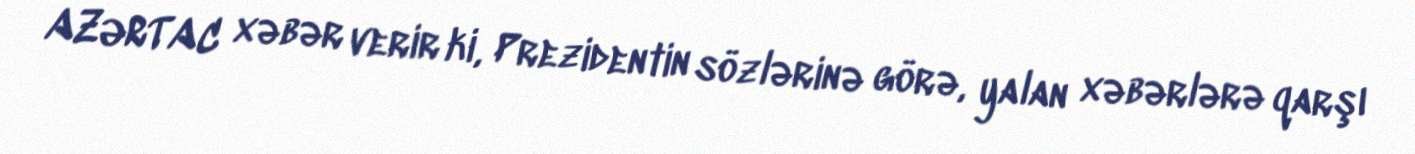
AZƏRTAC xəbər verir ki, Prezidentin sözlərinə görə, yalan xəbərlərə qarşı